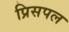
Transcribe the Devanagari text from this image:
प्रिसपल